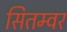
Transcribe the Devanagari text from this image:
सितम्वर